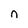
Character: n